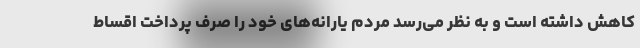
کاهش داشته است و به نظر می‌رسد مردم یارانه‌های خود را صرف پرداخت اقساط